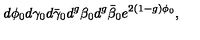
d \phi _ { 0 } d \gamma _ { 0 } d \bar { \gamma } _ { 0 } d ^ { g } \beta _ { 0 } d ^ { g } \bar { \beta } _ { 0 } e ^ { 2 ( 1 - g ) \phi _ { 0 } } ,